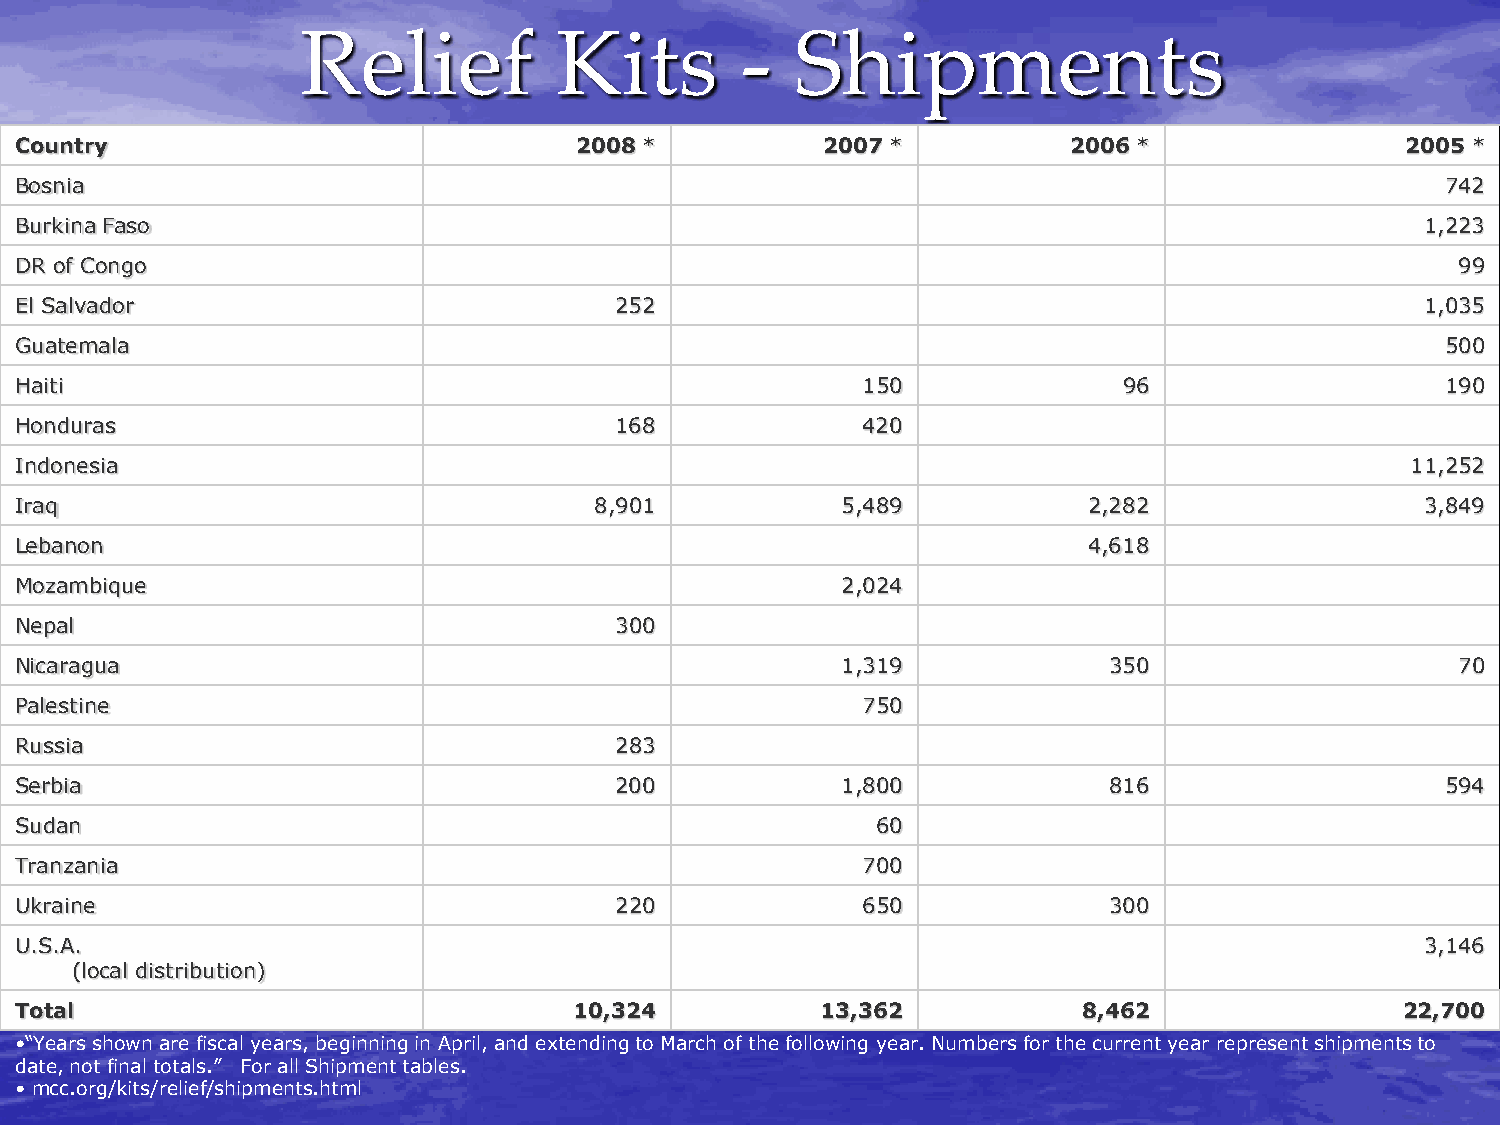
Relief           Kits        -   Shipments
 Country                              2008 *          2007 *           2006 *                2005 *
 Bosnia                                                                                         742
 Burkina Faso                                                                                 1,223
 DR of Congo                                                                                     99
 El Salvador                             252                                                  1,035
 Guatemala                                                                                      500
 Haiti                                                   150              96                    190
 Honduras                                168             420
 Indonesia                                                                                   11,252
 Iraq                                  8,901            5,489           2,282                 3,849
 Lebanon                                                                4,618
 Mozambique                                             2,024
 Nepal                                   300
 Nicaragua                                              1,319            350                     70
 Palestine                                               750
 Russia                                  283
 Serbia                                  200            1,800            816                    594
 Sudan                                                    60
 Tranzania                                               700
 Ukraine                                 220             650             300
 U.S.A.                                                                                       3,146
 (local distribution)
 Total                                10,324          13,362            8,462                22,700
 •“Years shown are fiscal years, beginning in April, and extending to March of the following year. Numbers for the current year represent shipments to
 date, not final totals.” For all Shipment tables.
 • mcc.org/kits/relief/shipments.html